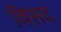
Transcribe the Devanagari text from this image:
विसद